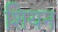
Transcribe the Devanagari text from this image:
शियन